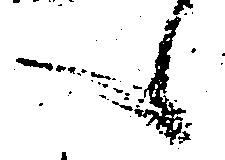
候